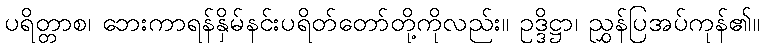
ပရိတ္တာစ၊ ဘေးကာရန်နှိမ်နင်းပရိတ်တော်တို့ကိုလည်း။ ဥဒ္ဒိဋ္ဌာ၊ ညွှန်ပြအပ်ကုန်၏။